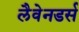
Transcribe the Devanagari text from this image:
लैवेनडर्स